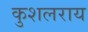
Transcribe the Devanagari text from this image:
कुशलराय